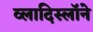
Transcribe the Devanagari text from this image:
व्लादिस्लॉने